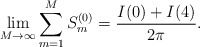
\begin{align*}\lim_{M\to\infty}\sum_{m=1}^M S_m^{(0)} =\frac{I(0)+I(4)}{2\pi}.\end{align*}